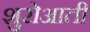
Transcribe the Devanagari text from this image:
शुरोआती